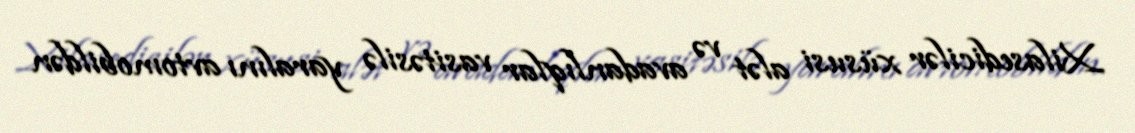
Xilasedicilər xüsusi alət və avadanlıqlar vasitəsilə yaralını avtomobildən